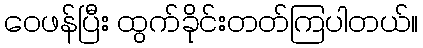
ဝေဖန်ပြီး ထွက်ခိုင်းတတ်ကြပါတယ်။